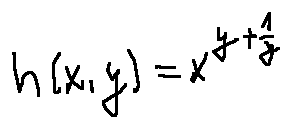
h ( x , y ) = x ^ { y + \frac { 1 } { y } }